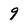
Character: 9